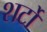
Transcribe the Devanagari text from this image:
शर्टों